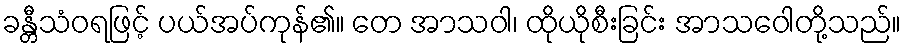
ခန္တီသံဝရဖြင့် ပယ်အပ်ကုန်၏။ တေ အာသဝါ၊ ထိုယိုစီးခြင်း အာသဝေါတို့သည်။